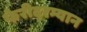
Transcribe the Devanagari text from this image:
फेरीदरम्यान